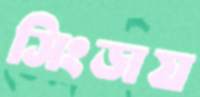
সিংড়ায়